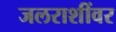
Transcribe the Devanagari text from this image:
जलराशींवर